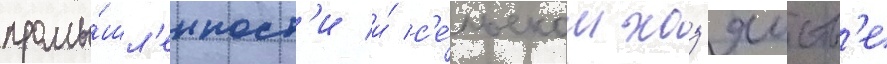
промы́шл'енност'и и́ с'е́льском хоз'яиств'е